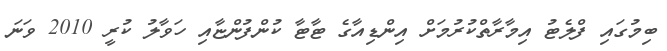
ބިމުގައި ފްލެޓު އިމާރާތްކުރުމަށް އިންޑިއާގެ ޓާޓާ ކުންފުންޏާއި ހަވާލު ކުރީ 2010 ވަނަ